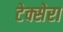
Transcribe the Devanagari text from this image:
टेक्सेरा